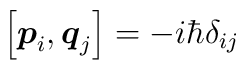
\left[ {\mbox{\boldmath{$p$}}}_i, {\mbox{\boldmath{$q$}}}_j\right]=-i \hbar \delta_{ij}